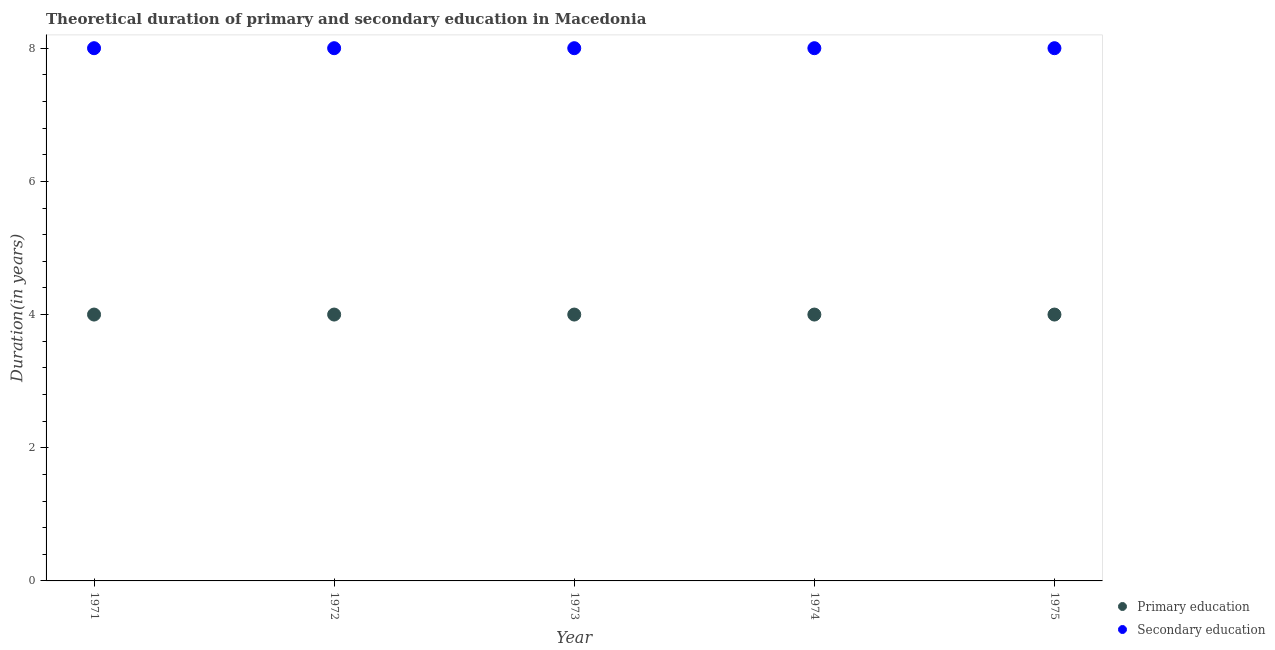
| Year | Primary education | Secondary education |
 | --- | --- | --- |
 | 1971 | 4 | 8 |
 | 1972 | 4 | 8 |
 | 1973 | 4 | 8 |
 | 1974 | 4 | 8 |
 | 1975 | 4 | 8 |